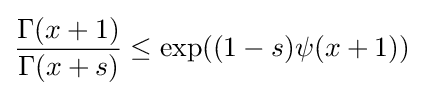
{\frac {\Gamma (x+1)}{\Gamma (x+s)}}\leq \exp((1-s)\psi (x+1))